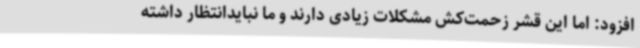
افزود: اما این قشر زحمت‌کش مشکلات زیادی دارند و ما نبایدانتظار داشته